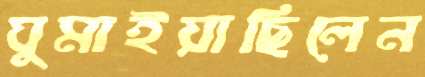
ঘুমাইয়াছিলেন